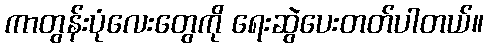
ကာတွန်းပုံလေးတွေကို ရေးဆွဲပေးတတ်ပါတယ်။